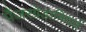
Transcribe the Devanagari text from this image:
पैंजरग्रेडानियर्स